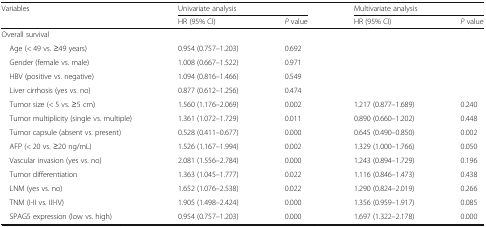
<table><thead><tr><td rowspan="2"><b>Variables</b></td><td colspan="2"><b>Univariate analysis</b></td><td colspan="2"><b>Multivariate analysis</b></td></tr><tr><td><b>HR (95% CI)</b></td><td><b><i>P</i> value</b></td><td><b>HR (95% CI)</b></td><td><b><i>P</i> value</b></td></tr></thead><tbody><tr><td colspan="5">Overall survival</td></tr><tr><td> Age (&lt; 49 vs. ≥49 years)</td><td>0.954 (0.757–1.203)</td><td>0.692</td><td></td><td></td></tr><tr><td> Gender (female vs. male)</td><td>1.008 (0.667–1.522)</td><td>0.971</td><td></td><td></td></tr><tr><td> HBV (positive vs. negative)</td><td>1.094 (0.816–1.466)</td><td>0.549</td><td></td><td></td></tr><tr><td> Liver cirrhosis (yes vs. no)</td><td>0.877 (0.612–1.256)</td><td>0.474</td><td></td><td></td></tr><tr><td> Tumor size (&lt; 5 vs. ≥5 cm)</td><td>1.560 (1.176–2.069)</td><td>0.002</td><td>1.217 (0.877–1.689)</td><td>0.240</td></tr><tr><td> Tumor multiplicity (single vs. multiple)</td><td>1.361 (1.072–1.729)</td><td>0.011</td><td>0.890 (0.660–1.202)</td><td>0.448</td></tr><tr><td> Tumor capsule (absent vs. present)</td><td>0.528 (0.411–0.677)</td><td>0.000</td><td>0.645 (0.490–0.850)</td><td>0.002</td></tr><tr><td> AFP (&lt; 20 vs. ≥20 ng/mL)</td><td>1.526 (1.167–1.994)</td><td>0.002</td><td>1.329 (1.000–1.766)</td><td>0.050</td></tr><tr><td> Vascular invasion (yes vs. no)</td><td>2.081 (1.556–2.784)</td><td>0.000</td><td>1.243 (0.894–1.729)</td><td>0.196</td></tr><tr><td> Tumor differentiation</td><td>1.363 (1.045–1.777)</td><td>0.022</td><td>1.116 (0.846–1.473)</td><td>0.438</td></tr><tr><td> LNM (yes vs. no)</td><td>1.652 (1.076–2.538)</td><td>0.022</td><td>1.290 (0.824–2.019)</td><td>0.266</td></tr><tr><td> TNM (I-II vs. III-IV)</td><td>1.905 (1.498–2.424)</td><td>0.000</td><td>1.356 (0.959–1.917)</td><td>0.085</td></tr><tr><td> SPAG5 expression (low vs. high)</td><td>0.954 (0.757–1.203)</td><td>0.000</td><td>1.697 (1.322–2.178)</td><td>0.000</td></tr></tbody></table>